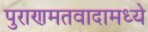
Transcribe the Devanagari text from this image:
पुराणमतवादामध्ये